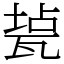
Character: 㼭